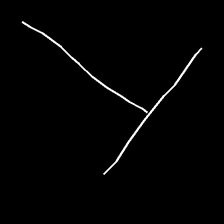
Glyph: column